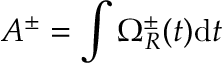
A ^ { \pm } = \int \Omega _ { R } ^ { \pm } ( t ) \mathrm { d } t